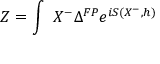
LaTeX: Z = \int \, \, \d h \d X ^ { - } \Delta ^ { F P } e ^ { i S ( X ^ { - } , h ) }